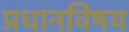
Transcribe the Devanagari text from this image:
प्रधानविषय